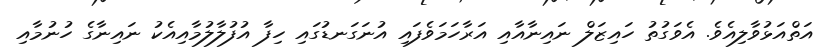
އަތްއަޅުވާލިއެވެ. އެވަގުތު ހައިޒަލް ނައިނާއާއި އަރާހަމަވެފައި އުނަގަނޑުގައި ހިފާ އުފުލާލުމާއިއެކު ނައިނާގެ ހުނުމާއި